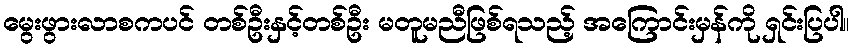
မွေးဖွားလာစကပင် တစ်ဦးနှင့်တစ်ဦး မတူမညီဖြစ်ရသည့် အကြောင်းမှန်ကို ရှင်းပြပါ။